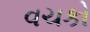
વચકો